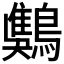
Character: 𪄾